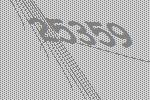
25359